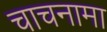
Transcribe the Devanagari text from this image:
चाचनामा